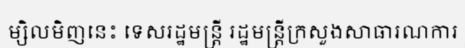
ម្សិលមិញនេះ ទេសរដ្ឋមន្ត្រី រដ្ឋមន្ត្រីក្រសួងសាធារណការ